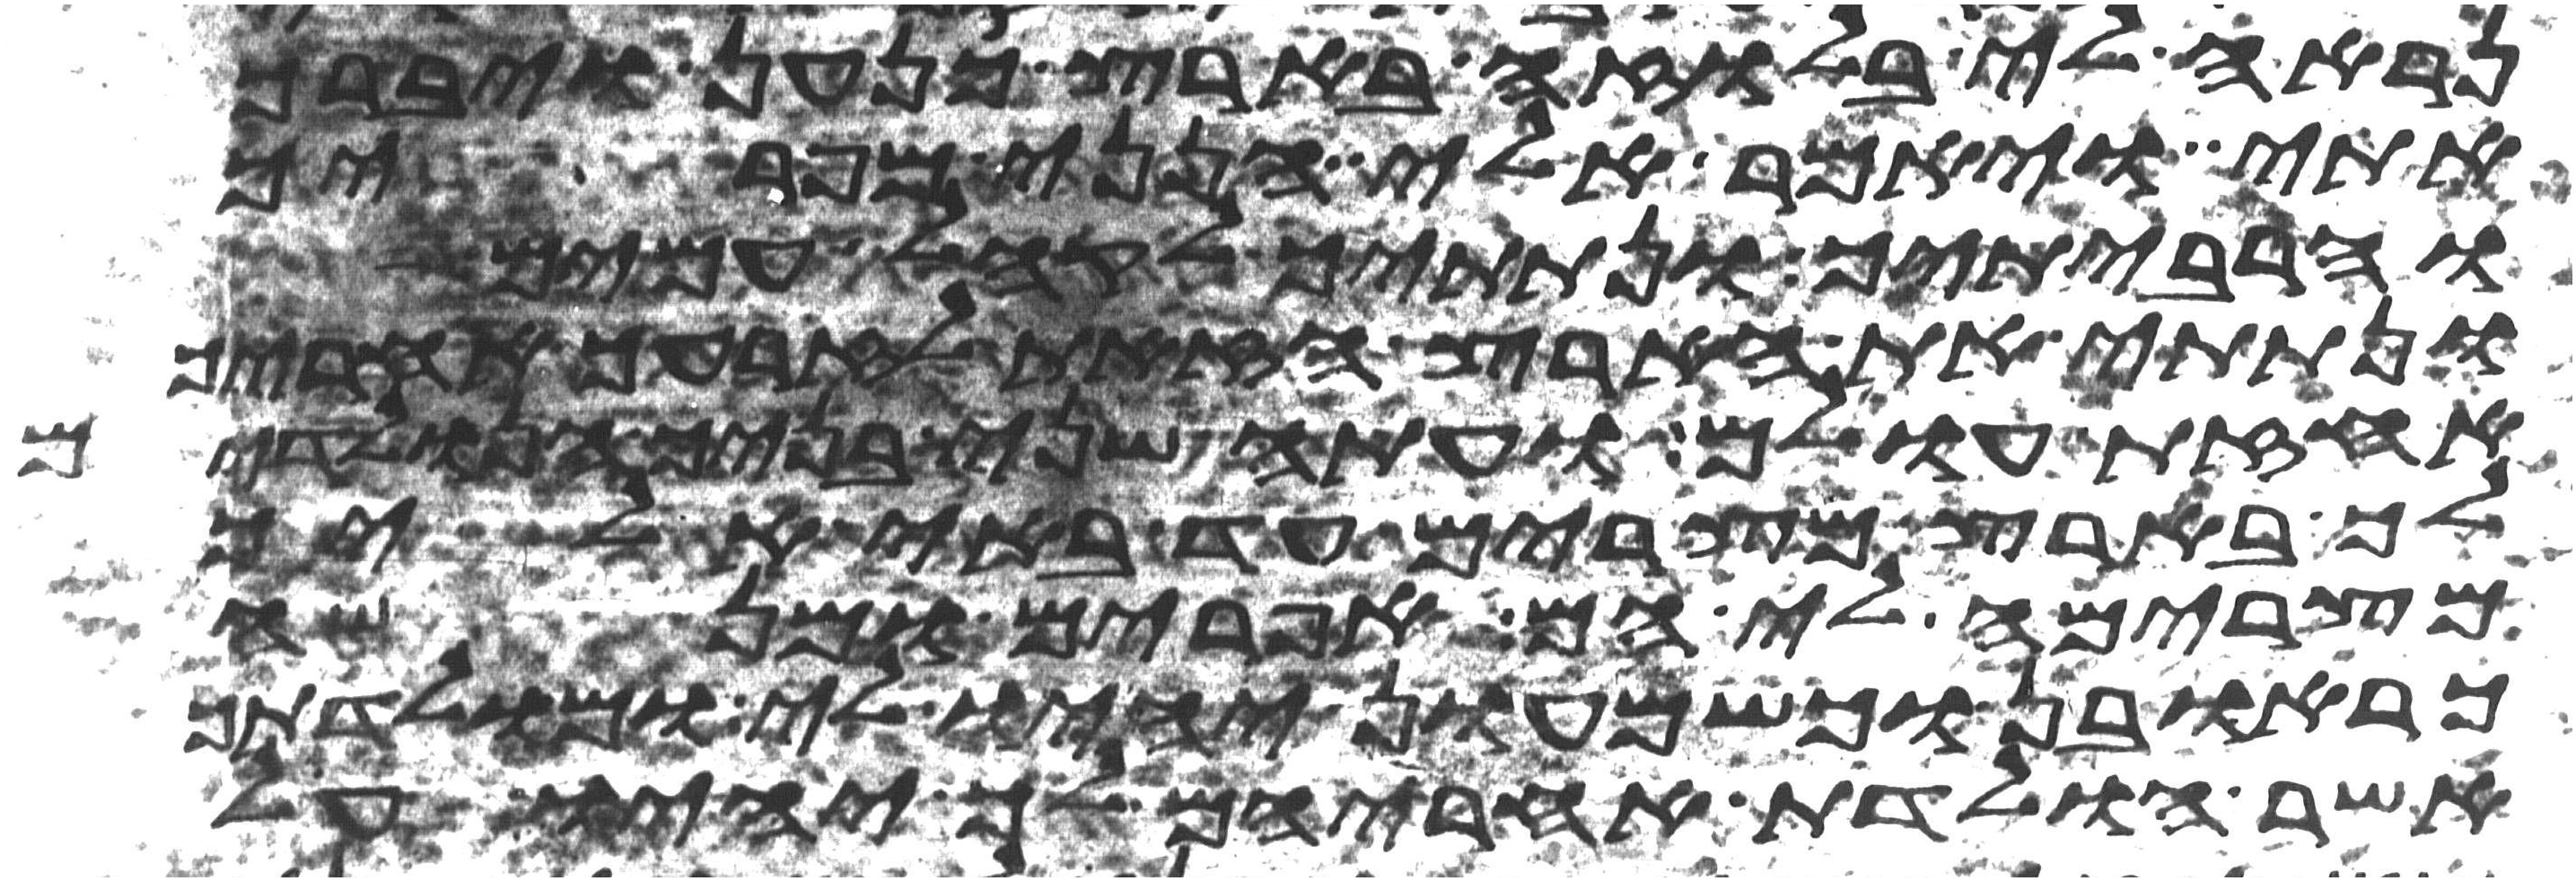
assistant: נראה אלי בלוזה בארץ כנען ויברך
אתי ויאמר אלי הנני מפריך
והרביתיך ונתתיך לקהל עמים
ונתתי את הארץ הזאת לזרעך אחריך
אחזת עולם ועתה שני בניך הנולדים
לך בארץ מצרים עד באי אליך
מצרימה לי הם אפרים ומנשה
כראובן וכשמעון יהיו לי ומולדתך
אשר הולדת אחריהם לך יהיו על